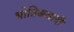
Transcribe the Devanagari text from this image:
भोतिकवादी